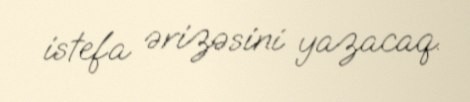
istefa ərizəsini yazacaq.